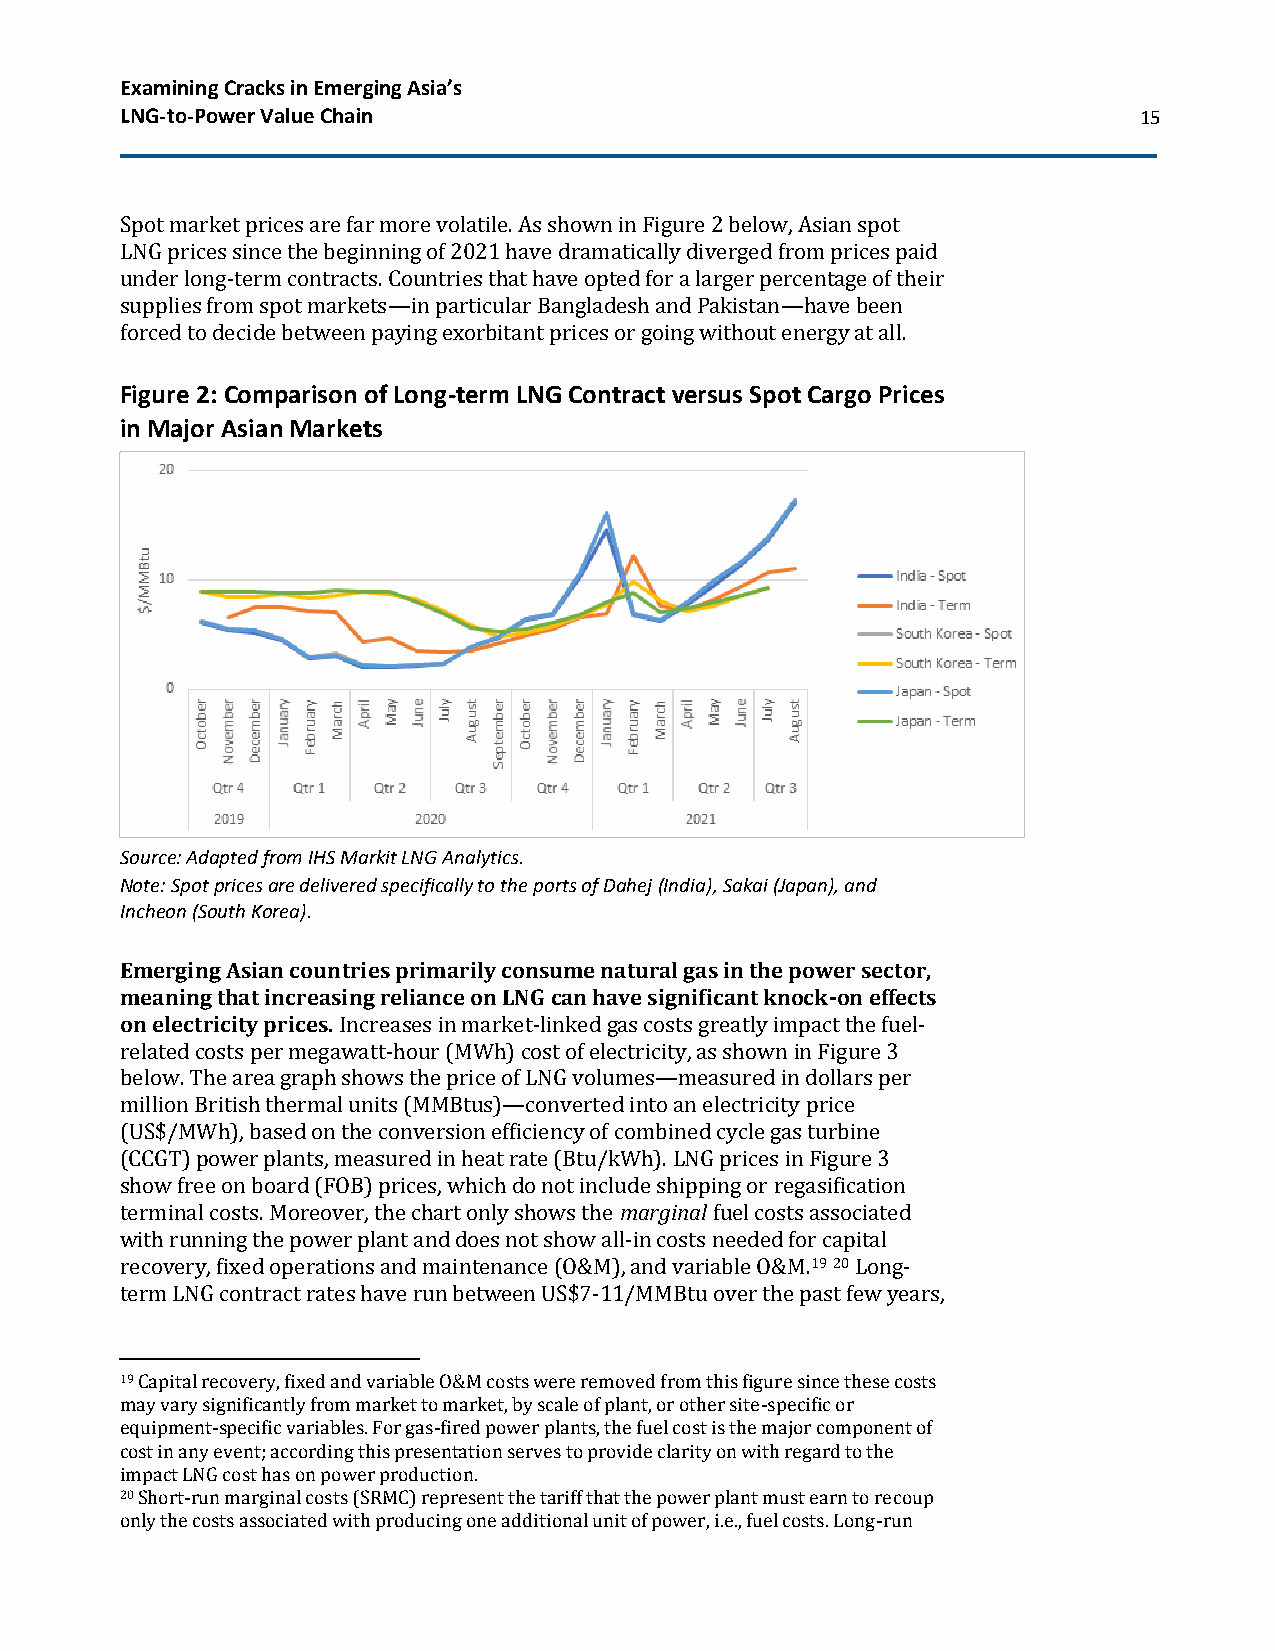
Examining Cracks in Emerging Asia’s
 LNG-to-Power Value Chain                                           15
 Spot market prices are far more volatile. As shown in Figure 2 below, Asian spot
 LNG prices since the beginning of 2021 have dramatically diverged from prices paid
 under long-term contracts. Countries that have opted for a larger percentage of their
 supplies from spot markets—in particular Bangladesh and Pakistan—have been
 forced to decide between paying exorbitant prices or going without energy at all.
 Figure 2: Comparison of Long-term LNG Contract versus Spot Cargo Prices
 in Major Asian Markets
 Source: Adapted from IHS Markit LNG Analytics.
 Note: Spot prices are delivered specifically to the ports of Dahej (India), Sakai (Japan), and
 Incheon (South Korea).
 Emerging Asian countries primarily consume natural gas in the power sector,
 meaning that increasing reliance on LNG can have significant knock-on effects
 on electricity prices. Increases in market-linked gas costs greatly impact the fuel-
 related costs per megawatt-hour (MWh) cost of electricity, as shown in Figure 3
 below. The area graph shows the price of LNG volumes—measured in dollars per
 million British thermal units (MMBtus)—converted into an electricity price
 (US$/MWh), based on the conversion efficiency of combined cycle gas turbine
 (CCGT) power plants, measured in heat rate (Btu/kWh). LNG prices in Figure 3
 show free on board (FOB) prices, which do not include shipping or regasification
 terminal costs. Moreover, the chart only shows the marginal fuel costs associated
 with running the power plant and does not show all-in costs needed for capital
 recovery, fixed operations and maintenance (O&M), and variable O&M.19 20 Long-
 term LNG contract rates have run between US$7-11/MMBtu over the past few years,
 19 Capital recovery, fixed and variable O&M costs were removed from this figure since these costs
 may vary significantly from market to market, by scale of plant, or other site-specific or
 equipment-specific variables. For gas-fired power plants, the fuel cost is the major component of
 cost in any event; according this presentation serves to provide clarity on with regard to the
 impact LNG cost has on power production.
 20 Short-run marginal costs (SRMC) represent the tariff that the power plant must earn to recoup
 only the costs associated with producing one additional unit of power, i.e., fuel costs. Long-run